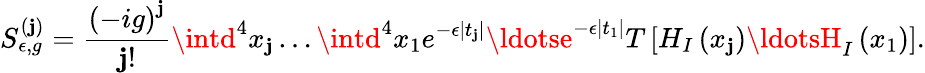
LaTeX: S_{\epsilon,g}^{(\mathbf{j})}=\frac{{\left(-ig\right)^{\mathbf{j}}}}{{\mathbf{j}!}}\intd^{4}x_{\mathbf{j}}\ldots\intd^{4}x_{1}e^{-\epsilon\left|t_{\mathbf{j}}\right|}\ldotse^{-\epsilon\left|t_{1}\right|}T\left[H_{I}\left(x_{\mathbf{j}}\right)\ldotsH_{I}\left(x_{1}\right)\right].